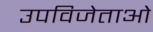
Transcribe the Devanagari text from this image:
उपविजेताओं